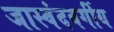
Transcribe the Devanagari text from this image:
जास्वंदवर्गीय